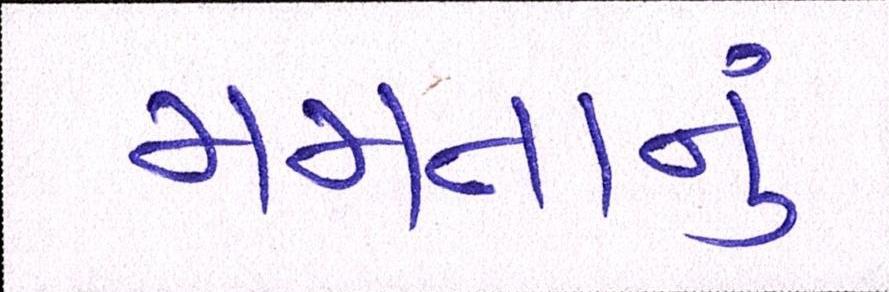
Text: મમતાનું